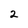
Character: 2